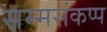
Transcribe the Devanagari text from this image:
सम्मसंकप्प